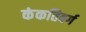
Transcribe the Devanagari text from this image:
कंकतिवर्ग